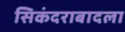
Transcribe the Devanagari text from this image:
सिकंदराबादला